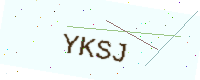
Text: YKSJ